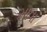
માવા